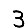
Digit: 3